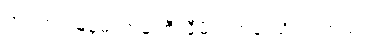
တင့်တင့်မြန်မာကုမ္ပဏီလီမိတက်မှ သိရပါတယ်။